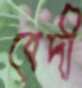
বেদী